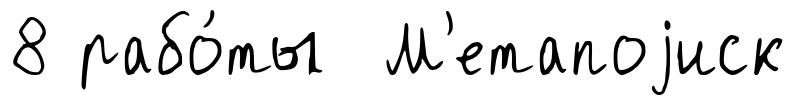
8 рабо́ты М'етапоjиск